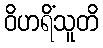
ဝိဟရိံသူတိ